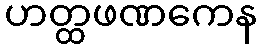
ဟတ္ထဖဏကေန